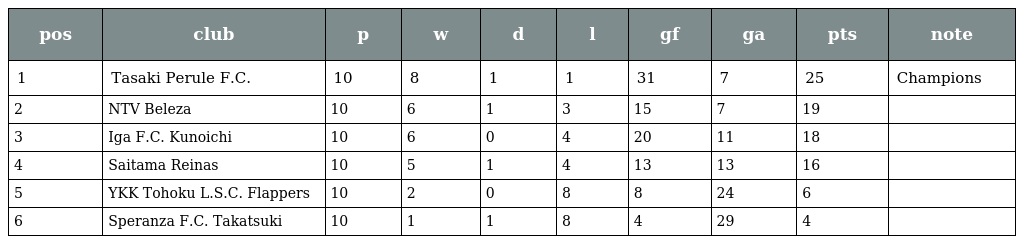
| pos | club | p | w | d | l | gf | ga | pts | note |
 | --- | --- | --- | --- | --- | --- | --- | --- | --- | --- |
 | 1 | Tasaki Perule F.C. | 10 | 8 | 1 | 1 | 31 | 7 | 25 | Champions |
 | 2 | NTV Beleza | 10 | 6 | 1 | 3 | 15 | 7 | 19 |  |
 | 3 | Iga F.C. Kunoichi | 10 | 6 | 0 | 4 | 20 | 11 | 18 |  |
 | 4 | Saitama Reinas | 10 | 5 | 1 | 4 | 13 | 13 | 16 |  |
 | 5 | YKK Tohoku L.S.C. Flappers | 10 | 2 | 0 | 8 | 8 | 24 | 6 |  |
 | 6 | Speranza F.C. Takatsuki | 10 | 1 | 1 | 8 | 4 | 29 | 4 |  |